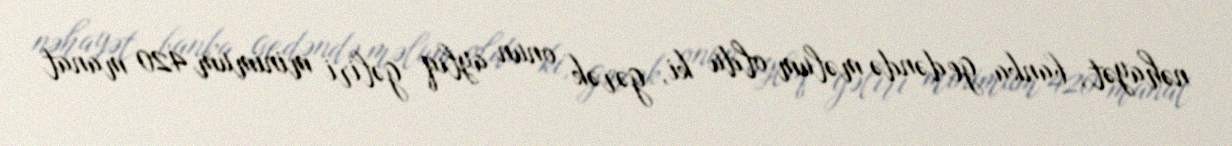
nəhayət, banka gedəndə məlum oldu ki, gərək onun aylıq gəliri minimum 420 manat